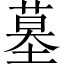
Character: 墓